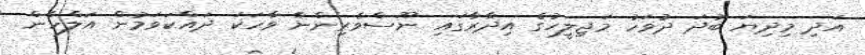
އަދި މިދިޔަ ބުދަ ދުވަހު މަޖިލީހުގެ އިދާރާގައި ނޫސްވެރިންނާ ވާހަކަ ދައްކަވަމުން އަލްހާން